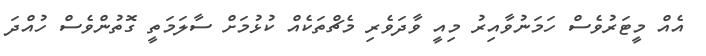
އެއް މީޓަރުވެސް ހަމަނުވާއިރު މިއީ ވާދަވެރި މެޗްތަކެއް ކުޅުމަށް ސާލަމަތީ ގޮތުންވެސް ހުއްދަ